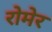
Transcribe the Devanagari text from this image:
रोमेर